Language: tamil
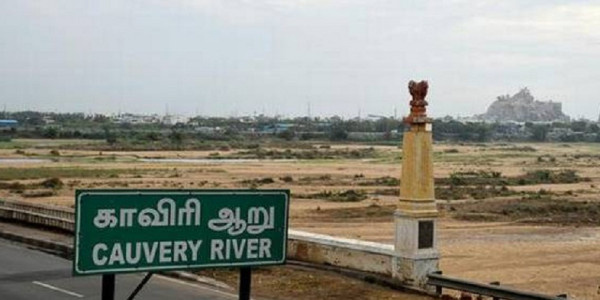
Transcription: காவிரி ஆறு